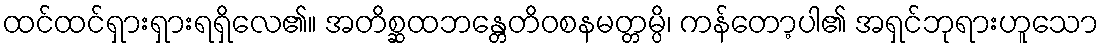
ထင်ထင်ရှားရှားရရှိလေ၏။ အတိစ္ဆထဘန္တေတိဝစနမတ္တမ္ပိ၊ ကန်တော့ပါ၏ အရှင်ဘုရားဟူသော